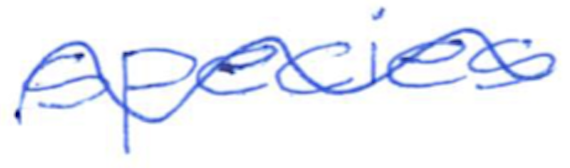
Text: species
Cross-out: wave
Writing tool: ballpoint